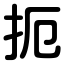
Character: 扼